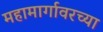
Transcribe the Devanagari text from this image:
महामार्गावरच्या